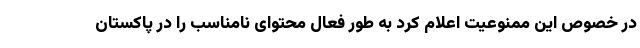
در خصوص این ممنوعیت اعلام کرد به طور فعال محتوای نامناسب را در پاکستان